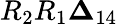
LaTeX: R_{2}R_{1}\boldsymbol{\Delta}_{14}